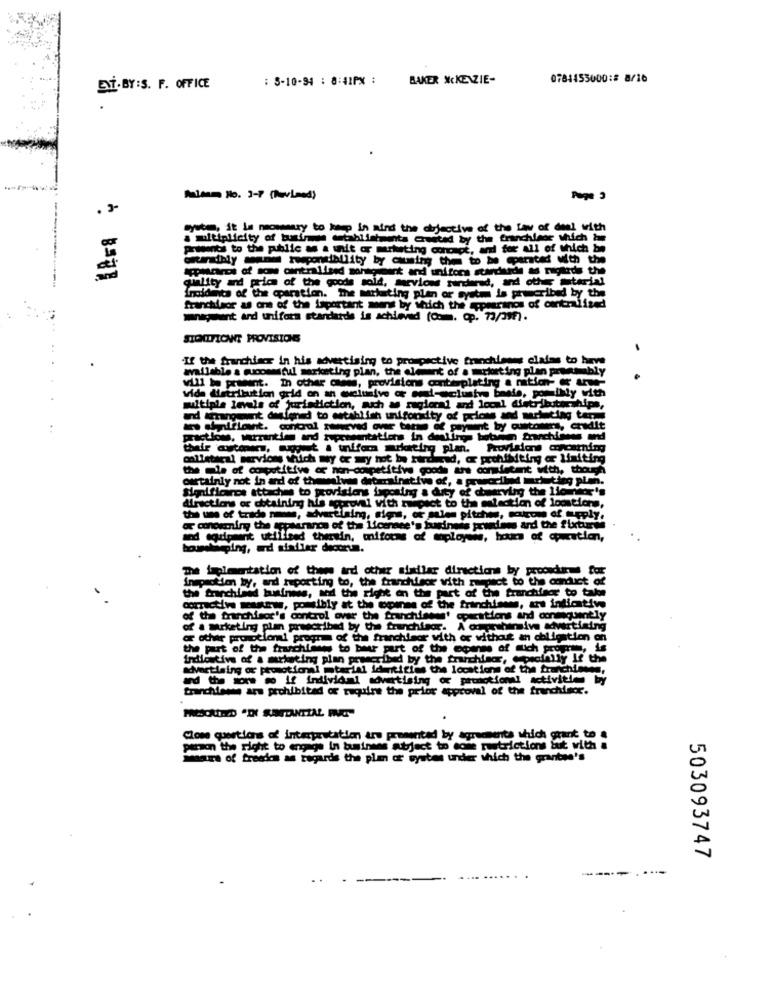
: 8-10-94 : 8:41PX :
BAKER XCKENZIE-
0784155000:8 8/16
ENT.BY:S. F. OFFICE
Alsam No. 3-7 (havimed)
system, it la nossasry to keep in aind the objective of the Law of deal with
multiplicity of business establishments created by the f
the franchisor which bm
Prudents to the public as a unit or marketing concape, and for all of which be
appeararci of sow cintralised montosmint and unifora stardande as migards the
quality and prices of the goods sold, mevices furthered, and other material
Tholdants of the cparation. The marketing plan or system is prescribed by the
franchisor as one of the important mens by which the appearanos of centralised
wenigeunt and uniform standards is achieved (O.m. Op. 73/39F).
SIQUIFICHAT PROVISIONS
.If the franchier in his advertising to prospective franchisess claims to have
available a successful marketing plan, the element of a mrkorting plan proamably
will be present. In other owns, provisions contemplating a nation- @ une-
vide Metribution grid on an exclusive or ord-eclustre beste, porathly with
multiple levels of jurisdiction, auch as magiorni and local distributorships,
and arrangement designed to establish unifordty of prices and marinting ters
actions, warranties and rupresentations in dealings botamun franchisees and
t . wffem arketing plan.
Provisions concerning
collateral parvions which my or my not be rirdurad, or prohibiting or limiting
the tale of competitive or non-competitive goods are consistent with, though
ourtainly not in ard of thewolves diterainative of, a prawocilind marketing plan.
Significance attaches to provisions dupontny a duty of cwerving the lloundor's
Alractions or obtaining his approval with ruipact to the selection of loostions,
the une of trade news, advertising, signs, or malen pitches, more of supply.
or conorming the appearance of the licensee's business prwiens and the fixtime
and equipment utilised therain, miforms of moployews, hours of cpuration,
The implementation of the ard other similar directions by procedures for
inprotien by, and reporting to, the franchisor with respect to the conduct of
the franchised business, and the right on the part of the franchisor to take
corrective wastew, possibly at the opines of the franchisees, ars indicative
of the franchisor's control over the franchises' operations and consequently
of a marketing plan prescribed by the franchisor. A comprehensive advertising
or other promotional program of the franchisor with or without an obligation on
the part of the fraschiene to beer part of the expense of such property, is
Irdiostivs of a marketing plan prescribed by the franchisor, especially If the
advartlaing or promotional mterial identifies the locations of the franchisees,
andthe ion wo if individal advertising or promotional activities by
franchisene ars prohibited of require the prior approval of the franchiser.
Clone questions of interpretation are presented by agreementa which grant to .
paraon the right to engage In buminnes subject to some restrictions Sut with a
Har of freedom as regards the plen of wystens under which the grantes's
503093747